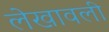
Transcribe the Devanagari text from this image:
लेखावली